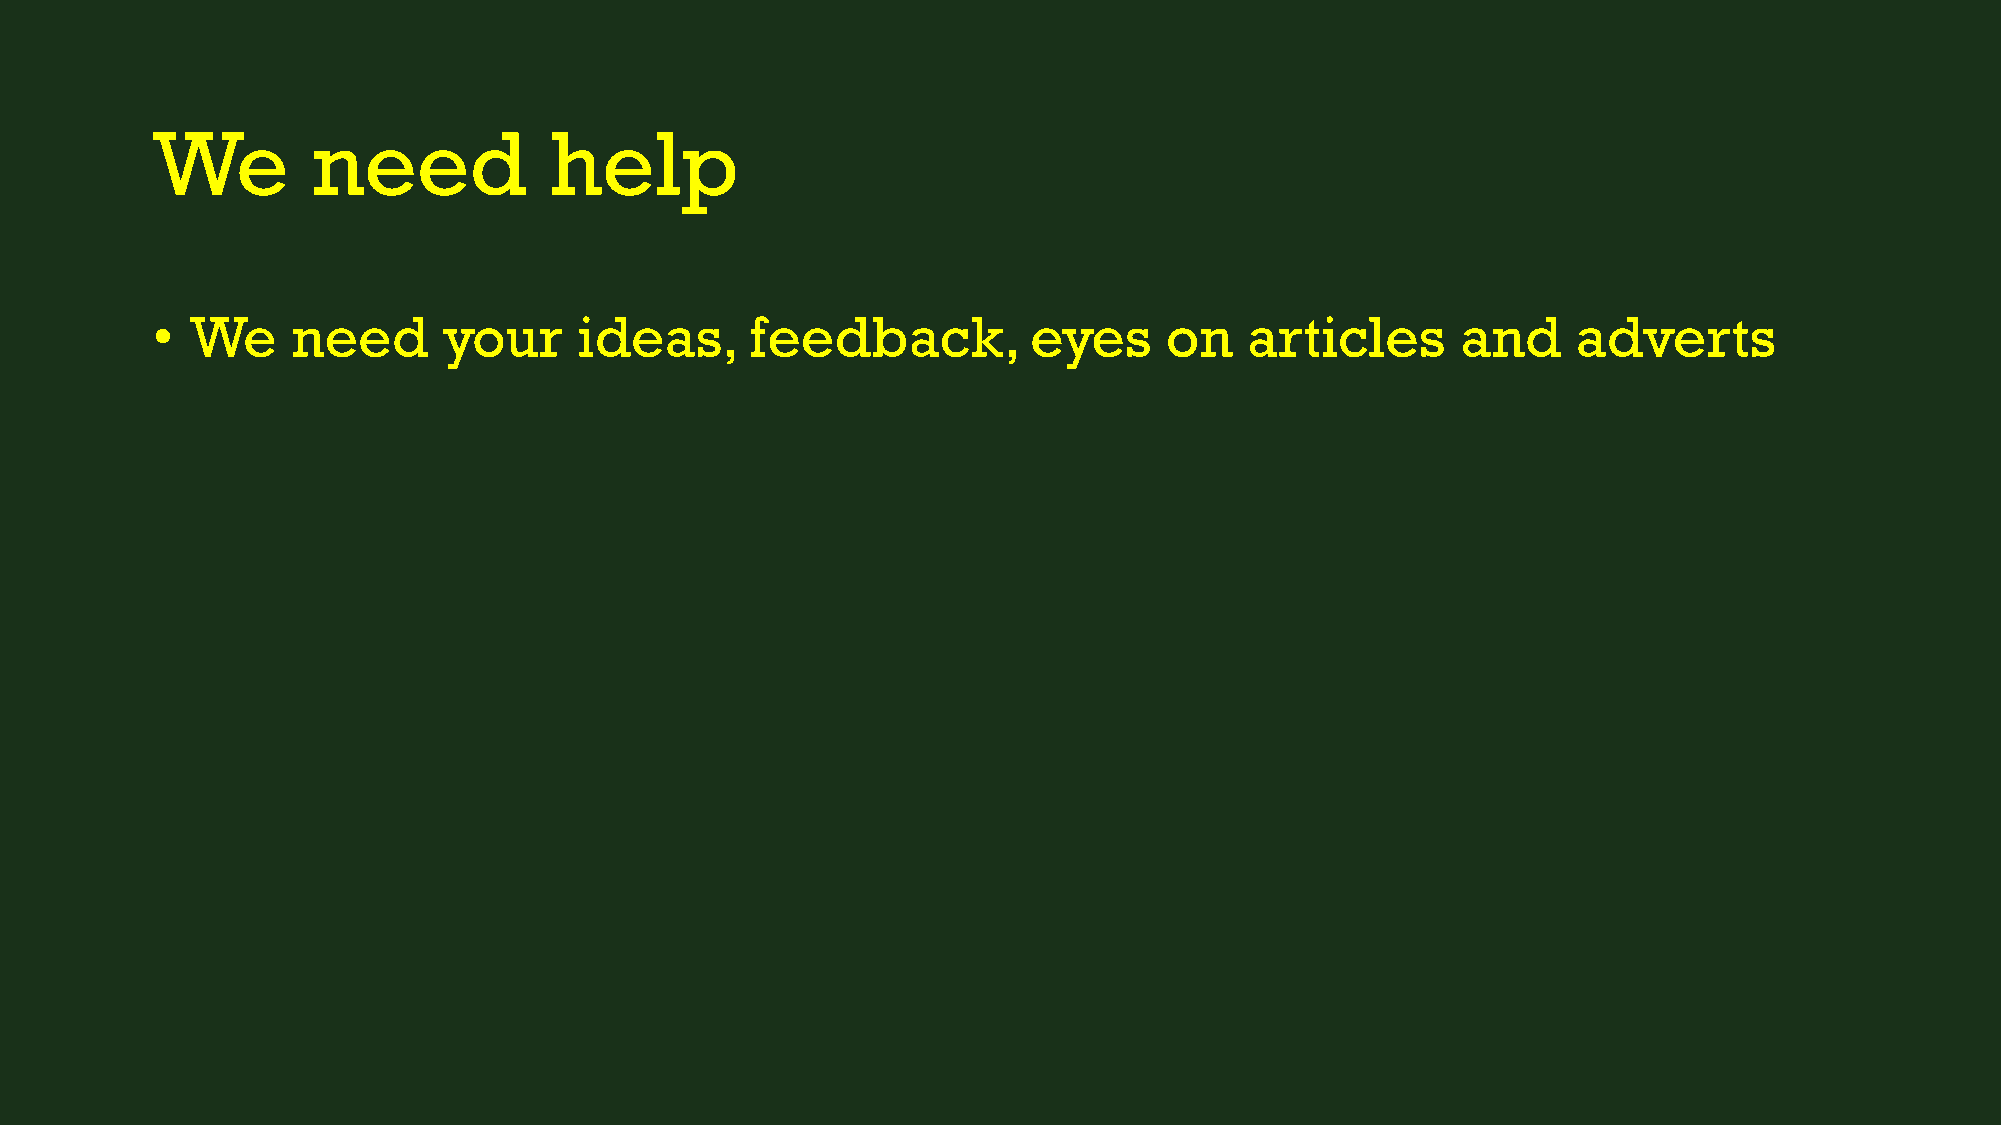
We         need           help
 •  We    need      your     ideas,      feedback,         eyes     on    articles      and    adverts